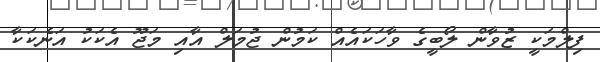
ފިލްމަކީ ޒުވާން ލޯބީގެ ވާހަކައެއް ކަމުން ޖުމަލް އާއި މަޖޫ އެކަކު އަނެކަކާ